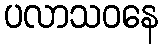
ပလာသဝနေ